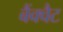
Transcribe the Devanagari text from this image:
बैंक्वैट